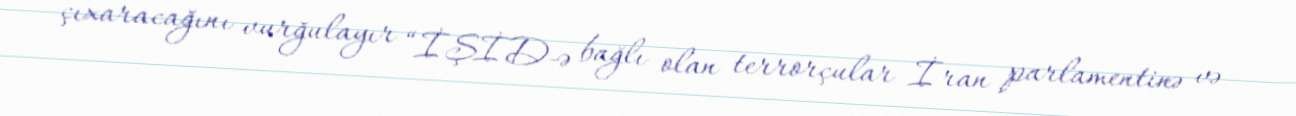
çıxaracağını vurğulayır “İŞİD-ə bağlı olan terrorçular İran parlamentinə və